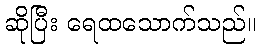
ဆိုပြီး ရေထသောက်သည်။